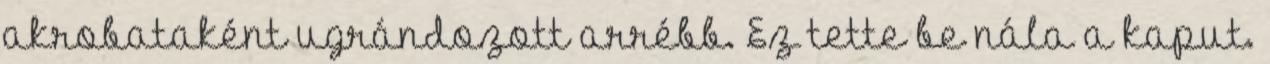
akrobataként ugrándozott arrébb. Ez tette be nála a kaput.